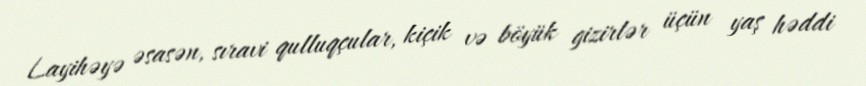
Layihəyə əsasən, sıravi qulluqçular, kiçik və böyük gizirlər üçün yaş həddi